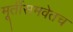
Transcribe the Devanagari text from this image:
मूर्तीसमवेतच